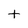
Character: t